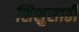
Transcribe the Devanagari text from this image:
शिशुसाठी